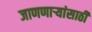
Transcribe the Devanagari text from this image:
जाणणार्‍यांसाठी